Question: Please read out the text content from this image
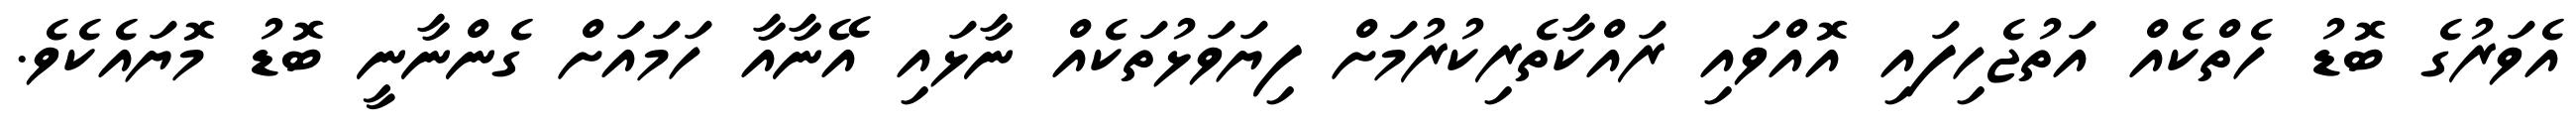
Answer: އެވަރުގެ ބޮޑު ހެތްކެއް އަތުޖެހިފައި އޮއްވައި ރައްކާތެރިކުރުމަށް ފިޔަވަޅުތަކެއް ނާޅައި އޭނާއާ ހަމައަށް ގެންނާނީ ބޮޑު މޮޔައެކެވެ.